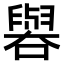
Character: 𫬁